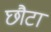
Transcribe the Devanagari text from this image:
छौटा